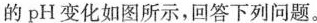
的pH变化如图所示，回答下列问题。